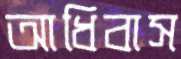
আধিবাস